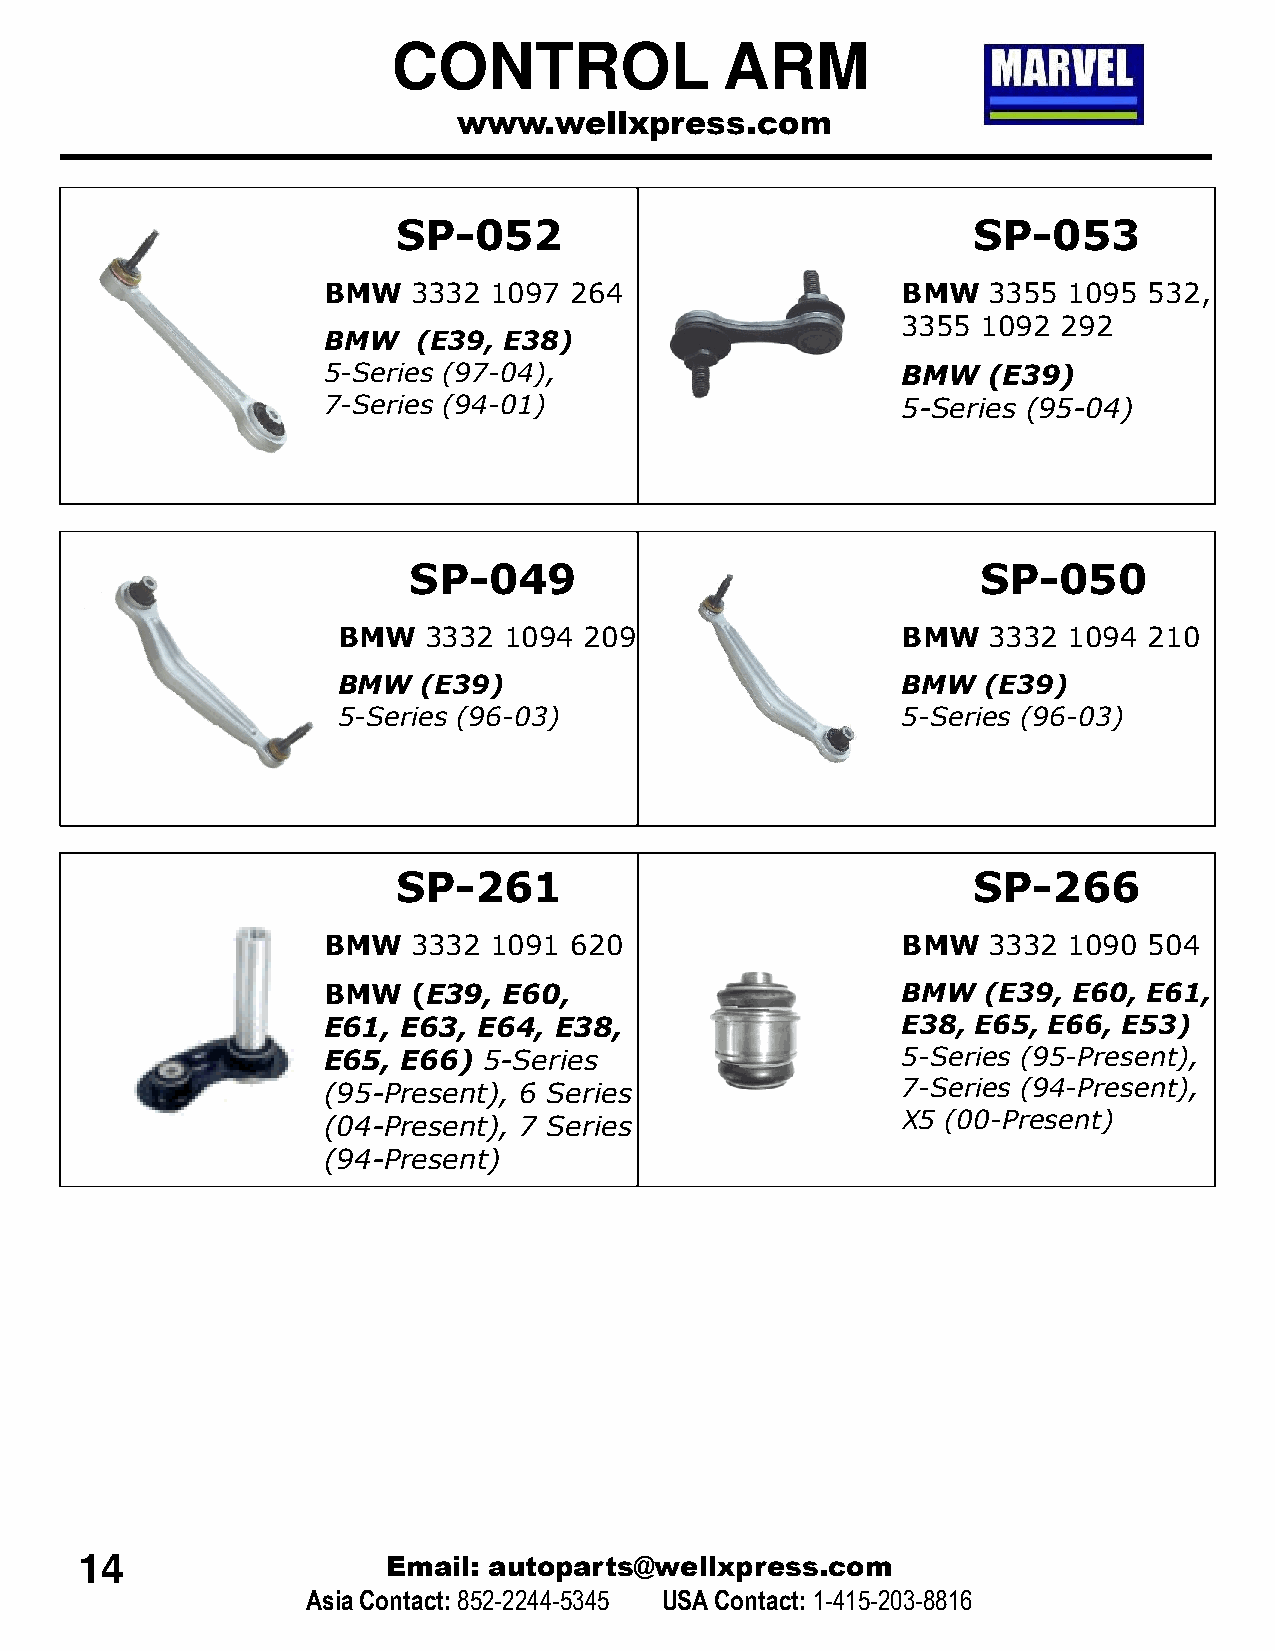
CONTROL               ARM
 www.wellxpress.com
 SP-052                                SP-053
 BMW   3332 1097  264                   BMW  3355  1095 532,
 3355 1092 292
 BMW    (E39, E38)
 5-Series (97-04),                      BMW  (E39)
 7-Series (94-01)                       5-Series (95-04)
 SP-049                                SP-050
 BMW   3332 1094  209                  BMW  3332  1094 210
 BMW   (E39)                           BMW  (E39)
 5-Series (96-03)                      5-Series (96-03)
 SP-261                                SP-266
 BMW   3332 1091  620                   BMW  3332  1090 504
 BMW   (E39, E60,                       BMW  (E39, E60, E61,
 E61,  E63, E64, E38,                   E38, E65, E66, E53)
 E65,  E66) 5-Series                    5-Series (95-Present),
 (95-Present), 6 Series                 7-Series (94-Present),
 X5 (00-Present)
 (04-Present), 7 Series
 (94-Present)
 14                   Email: autoparts@wellxpress.com
 Asia Contact:852-2244-5345 USA Contact: 1-415-203-8816